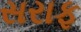
સરાફ